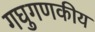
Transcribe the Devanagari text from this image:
गघुगणकीय